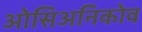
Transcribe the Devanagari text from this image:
ओसिअनिकोव